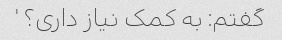
گفتم: به کمک نیاز داری؟ '